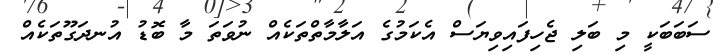
ސަބަބަކީ މި ބަލި ޖެހިފައިވިޔަސް އެކަމުގެ އަލާމާތްތަކެއް ނުވަތަ މާ ބޮޑު އުނދަގޫތަކެއް